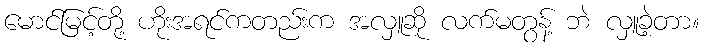
မောင်မြင့်တို့ ဟိုးအရင်ကတည်းက အလှူဆို လက်မတွန့် ဘဲ လှူခဲ့တာ။